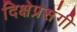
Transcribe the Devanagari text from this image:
दिक्षेप्रसंगी